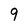
Character: 9